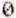
0